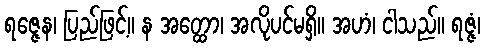
ရဇ္ဇေန၊ ပြည်ဖြင့်။ န အတ္ထော၊ အလိုပင်မရှိ။ အဟံ၊ ငါသည်။ ရဇ္ဇံ၊